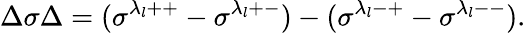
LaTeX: \Delta\sigma\Delta=(\sigma^{\lambda_{l}++}-\sigma^{\lambda_{l}+-})-(\sigma^{\lambda_{l}-+}-\sigma^{\lambda_{l}--}).